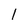
Character: l